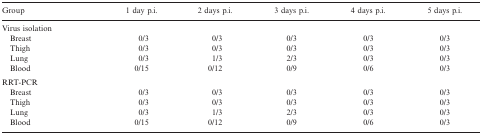
<table><thead><tr><td><b>Group</b></td><td><b>1 day p.i.</b></td><td><b>2 days p.i.</b></td><td><b>3 days p.i.</b></td><td><b>4 days p.i.</b></td><td><b>5 days p.i.</b></td></tr></thead><tbody><tr><td>Virus isolation</td><td></td><td></td><td></td><td></td><td></td></tr><tr><td> Breast</td><td>0/3</td><td>0/3</td><td>0/3</td><td>0/3</td><td>0/3</td></tr><tr><td> Thigh</td><td>0/3</td><td>0/3</td><td>0/3</td><td>0/3</td><td>0/3</td></tr><tr><td> Lung</td><td>0/3</td><td>1/3</td><td>2/3</td><td>0/3</td><td>0/3</td></tr><tr><td> Blood</td><td>0/15</td><td>0/12</td><td>0/9</td><td>0/6</td><td>0/3</td></tr><tr><td>RRT-PCR</td><td></td><td></td><td></td><td></td><td></td></tr><tr><td> Breast</td><td>0/3</td><td>0/3</td><td>0/3</td><td>0/3</td><td>0/3</td></tr><tr><td> Thigh</td><td>0/3</td><td>0/3</td><td>0/3</td><td>0/3</td><td>0/3</td></tr><tr><td> Lung</td><td>0/3</td><td>1/3</td><td>2/3</td><td>0/3</td><td>0/3</td></tr><tr><td> Blood</td><td>0/15</td><td>0/12</td><td>0/9</td><td>0/6</td><td>0/3</td></tr></tbody></table>